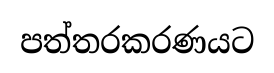
පත්තරකරණයට